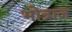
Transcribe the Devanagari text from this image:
भोन्राज